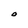
Character: O